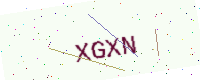
Text: XGXN